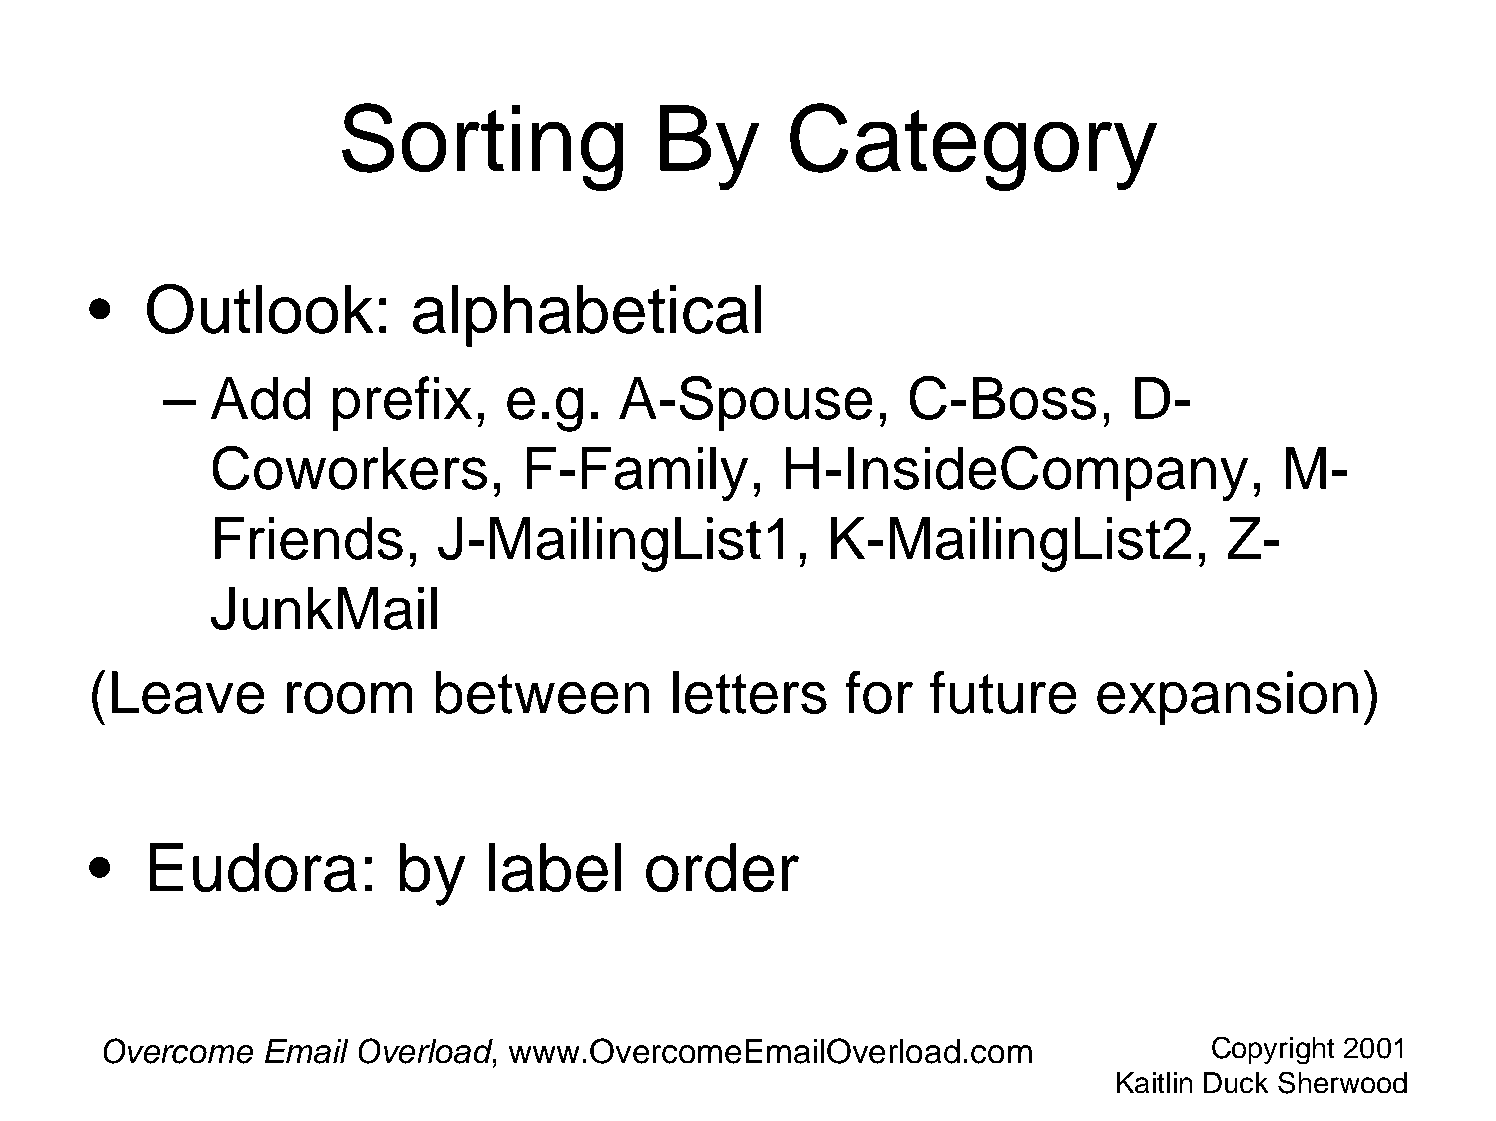
Sorting              By       Category
 •   Outlook:         alphabetical
 –  Add     prefix,     e.g.   A-Spouse,          C-Boss,        D-
 Coworkers,           F-Family,        H-InsideCompany,                 M-
 Friends,       J-MailingList1,           K-MailingList2,           Z-
 JunkMail
 (Leave       room      between        letters     for   future     expansion)
 •   Eudora:         by    label      order
 Overcome  Email  Overload, www.OvercomeEmailOverload.com                 Copyright 2001
 Kaitlin Duck Sherwood